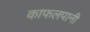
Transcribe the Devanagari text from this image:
काफलपानी